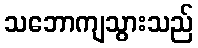
သဘောကျသွားသည်